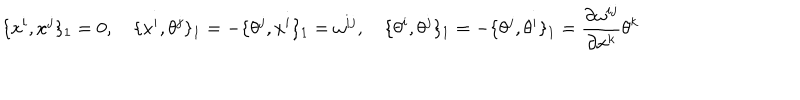
\{ x ^ { i } , x ^ { j } \} _ { 1 } = 0 , \quad \{ x ^ { i } , \theta ^ { j } \} _ { 1 } = - \{ \theta ^ { j } , x ^ { i } \} _ { 1 } = \omega ^ { i j } , \quad \{ \theta ^ { i } , \theta ^ { j } \} _ { 1 } = - \{ \theta ^ { j } , \theta ^ { i } \} _ { 1 } = \frac { \partial \omega ^ { i j } } { \partial x ^ { k } } \theta ^ { k }